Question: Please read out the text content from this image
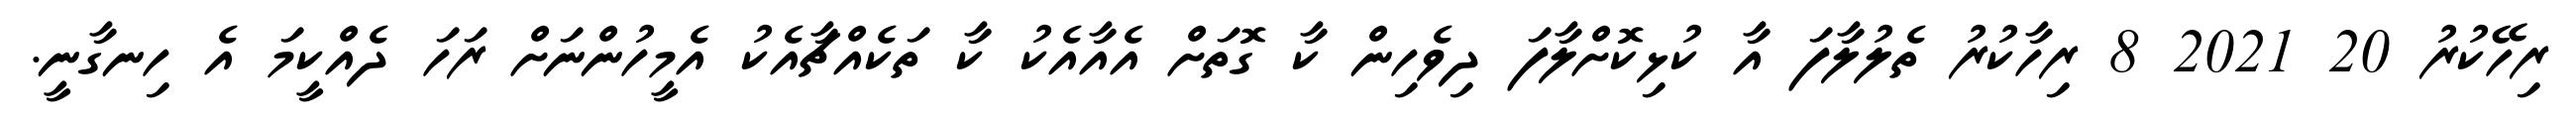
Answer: ރިހޭކުރު 20 2021 8 ރިހާކުރު ތެލުލާފަ އާ ކުޅިކޮށްލާފަ ދިވެހިން ކާ ގޮތަށް އެއާއެކު ކާ ތަކެއްޗާއެކު އެމީހުންނަށް ރަހަ ދެއްކީމަ އެ ހިނގާނީ.